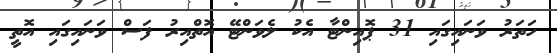
ހަތަރު ވަނައިގައި 31 ޕޮއިންޓާ އެކު ލެވަންޓޭ އޮތްއިރު ފަސް ވަނައިގައި އޮތީ